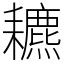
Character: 𦔩